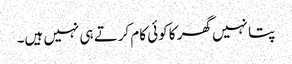
پتا نہیں گھر کا کوئی کام کرتے ہی نہیں ہیں۔